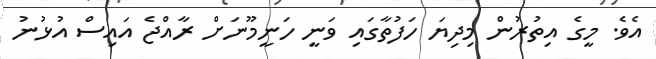
އެވެ. މީގެ އިތުރުން މިދިޔަ ހަފުތާގައި ވަނީ ހަނީމޫނަށް ރާއްޖެ އައިސް އުޅުނު